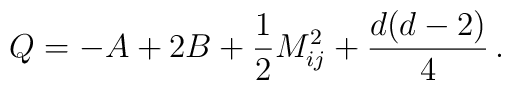
Q=-A+2B+\frac{1}{2}M_{ij}^2+\frac{d(d-2)}{4}\,.